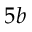
5 b